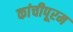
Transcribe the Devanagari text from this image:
कांचीपूरम